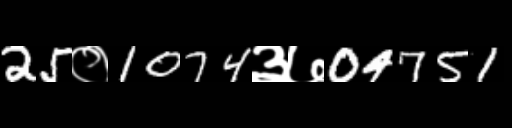
Text: 25०1074३७04751